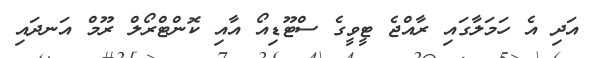
އަދި އެ ހަމަލާގައި ރާއްޖެ ޓީވީގެ ސްޓޫޑިއޯ އާއި ކޮންޓްރޯލް ރޫމް އަނދައި